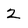
Character: 2